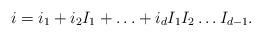
LaTeX: \begin{align*}i = i_1 + i_2 I_1 + \ldots + i_d I_1 I_2 \ldots I_{d-1}.\end{align*}